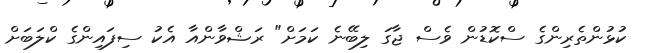
ކުޅުންތެރިންގެ ސްކޮޑުން ވެސް ޖާގަ ލިބޭނެ ކަމަށް" ރަޝްވާންއާ އެކު ސިފައިންގެ ކްލަބަށް